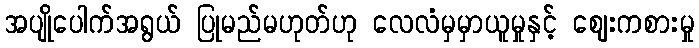
အပျိုပေါက်အရွယ် ပြုမည်မဟုတ်ဟု လေလံမှမှာယူမှုနှင့် ဈေးကစားမှု